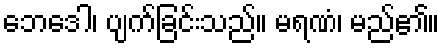
ဘေဒေါ၊ ပျက်ခြင်းသည်။ မရဏံ၊ မည်၏။